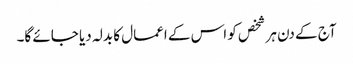
آج کے دن ہر شخص کو اس کے اعمال کا بدلہ دیا جائے گا۔